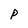
Character: P